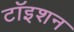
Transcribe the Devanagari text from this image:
टॉइशन